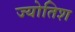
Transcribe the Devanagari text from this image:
ज्योतिश